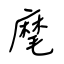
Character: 麾